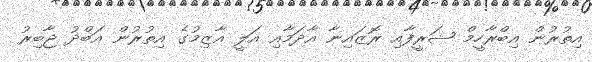
އިތުރުން އިބްރާހީމް ޝަރީފާއި ރޮޒައިނާ އާދަމާއި އަލީ އާޒިމުގެ އިތުރުން އަބްދު ޖާބިރު